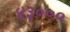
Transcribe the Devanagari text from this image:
४३०००